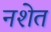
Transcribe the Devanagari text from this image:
नशेत